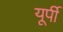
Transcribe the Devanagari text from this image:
यूर्पी